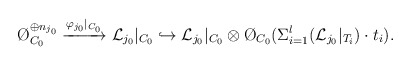
\begin{align*}\O_{{C}_0}^{\oplus n_{j_0}}\xrightarrow{\varphi_{j_0}|_{{C}_0}}\mathcal{L}_{j_0}|_{{C}_0}\hookrightarrow \mathcal{L}_{j_0}|_{{C}_0}\otimes \O_{{C}_0}(\Sigma_{i=1}^l(\mathcal{L}_{j_0}|_{T_i})\cdot t_i).\end{align*}